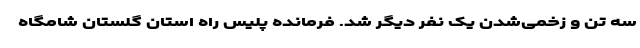
سه تن و زخمی‌شدن یک نفر دیگر شد. فرمانده پلیس راه استان گلستان شامگاه